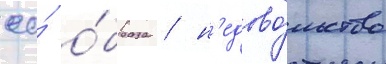
ео́ о́браза / н'едово́льство